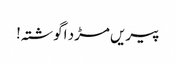
پیریں مڑد اگوشتہ!